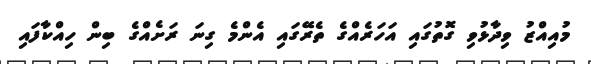
މުއިއްޒު ވިދާޅުވި ގޮތުގައި އަހަރެއްގެ ތެރޭގައި އެންމެ ގިނަ ރަށެއްގެ ބިން ހިއްކާފައި